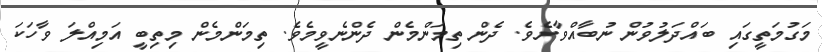
މަގުމަތީގައި ބައްދަލުވުން ނުބާއްވާށެވެ. ދެން ތިމަންމެން ދެންނެވީމެވެ. ތިމަންމެން މިތިބީ އަމިއްލަ ވާހަކަ